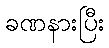
ခဏနားပြီး